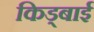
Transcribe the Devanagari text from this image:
किड्बाई